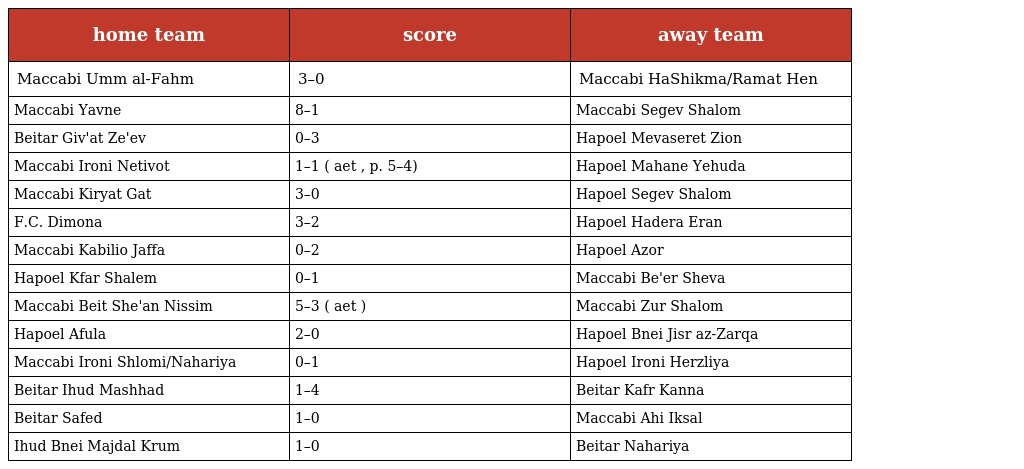
| home team | score | away team |
 | --- | --- | --- |
 | Maccabi Umm al-Fahm | 3–0 | Maccabi HaShikma/Ramat Hen |
 | Maccabi Yavne | 8–1 | Maccabi Segev Shalom |
 | Beitar Giv'at Ze'ev | 0–3 | Hapoel Mevaseret Zion |
 | Maccabi Ironi Netivot | 1–1 ( aet , p. 5–4) | Hapoel Mahane Yehuda |
 | Maccabi Kiryat Gat | 3–0 | Hapoel Segev Shalom |
 | F.C. Dimona | 3–2 | Hapoel Hadera Eran |
 | Maccabi Kabilio Jaffa | 0–2 | Hapoel Azor |
 | Hapoel Kfar Shalem | 0–1 | Maccabi Be'er Sheva |
 | Maccabi Beit She'an Nissim | 5–3 ( aet ) | Maccabi Zur Shalom |
 | Hapoel Afula | 2–0 | Hapoel Bnei Jisr az-Zarqa |
 | Maccabi Ironi Shlomi/Nahariya | 0–1 | Hapoel Ironi Herzliya |
 | Beitar Ihud Mashhad | 1–4 | Beitar Kafr Kanna |
 | Beitar Safed | 1–0 | Maccabi Ahi Iksal |
 | Ihud Bnei Majdal Krum | 1–0 | Beitar Nahariya |